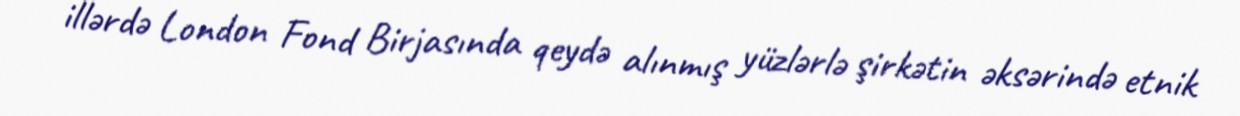
illərdə London Fond Birjasında qeydə alınmış yüzlərlə şirkətin əksərində etnik